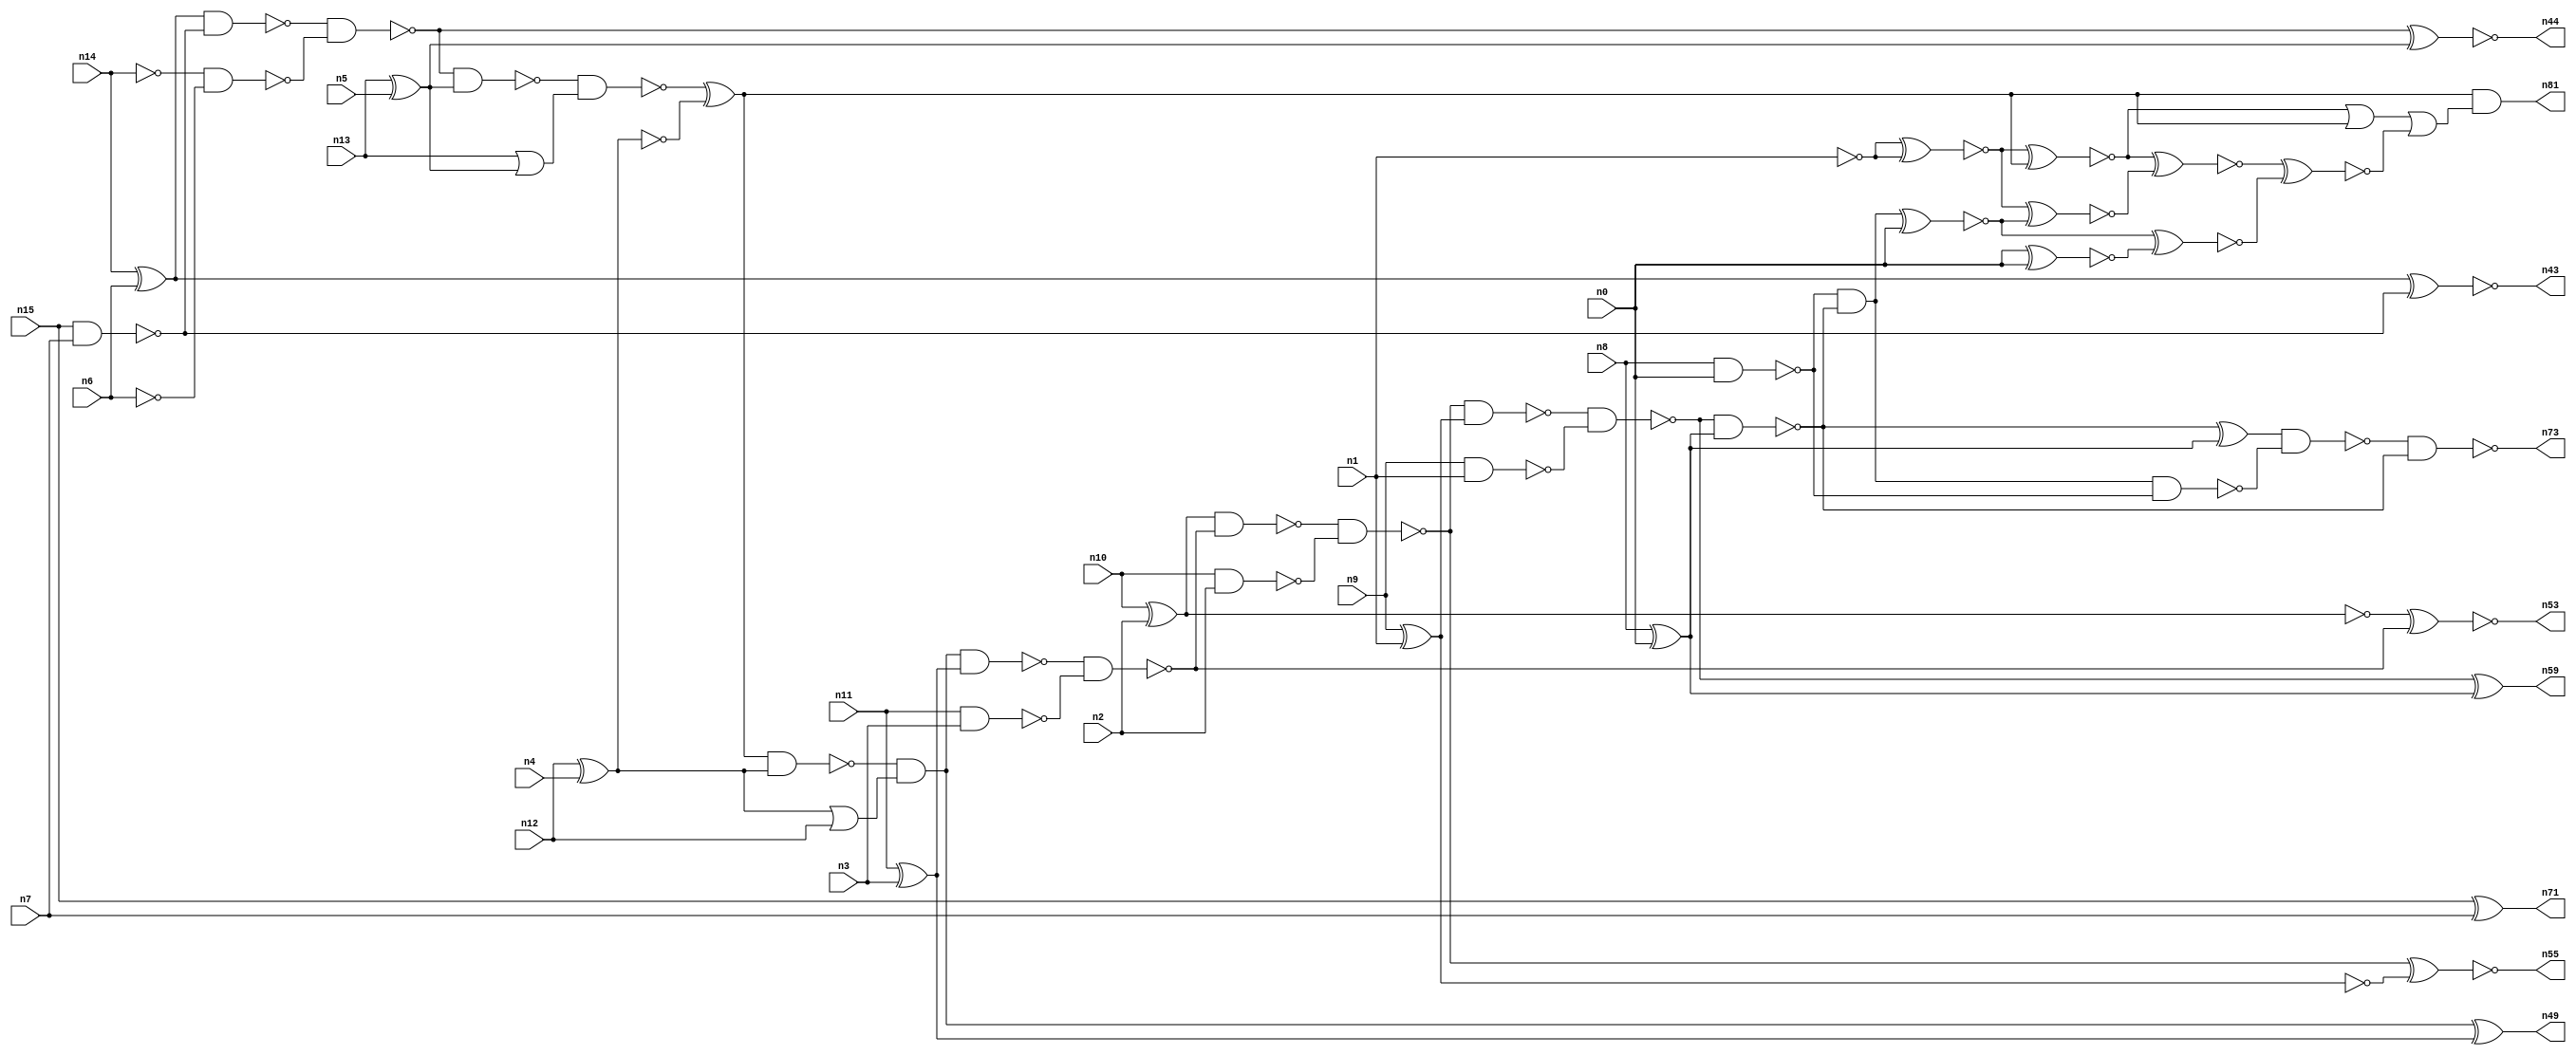
// This file contains a pareto-optimal circuit with respect to power and the fault-resilince parameter p_fault which is defined as:
// "For all input vectors, the ratio of the no. of faults observable at the POs to the no. of total possible faults in the circuit".
// This code is part of the ReCkt library (https://github.com/umar-afzaal/ReCkt) distributed under The MIT License.
// When used, please cite the following article(s):
// U. Afzaal, A.S. Hassan, M. Usman and J.A. Lee, "On the Evolutionary Synthesis of Increased Fault-resilience Arithmetic Circuits".

// p_fault = 70.8 %    (Lower is better)
// gates = 63.0
// levels = 22
// area = 85.21    (For MCNC library relative to nand2)
// power = 392.4 uW    (Berkely-SIS for MCNC library @ Vdd=5V and 20 MHz clock)
// delay = 32.3 ns    (Berkely-ABC for MCNC library)
// PDP = 1.26745e-11 J

// Pin mapping:
// {n0, n1, n2, n3, n4, n5, n6, n7} = A[7:0]
// {n8, n9, n10, n11, n12, n13, n14, n15} = B[7:0]
// {n73, n59, n55, n53, n49, n81, n44, n43, n71} = O[8:0]

module addr8u_power_27 (
n0, n1, n2, n3, n4, n5, n6, n7, n8, n9, n10, n11, n12, n13, n14, n15, 
n73, n59, n55, n53, n49, n81, n44, n43, n71
);

input n0, n1, n2, n3, n4, n5, n6, n7, n8, n9, n10, n11, n12, n13, n14, n15;
output n73, n59, n55, n53, n49, n81, n44, n43, n71;
wire n30, n24, n52, n61, n46, n63, n68, n69, n75, n18, n74, n60, n17, n65, n42, n51, n45, n78, n36, n47, 
n20, n37, n56, n23, n16, n40, n48, n62, n66, n21, n25, n41, n54, n67, n27, n33, n28, n58, n22, n38, 
n39, n57, n31, n70, n19, n34, n32, n76, n26, n50, n29, n64, n72, n35;

xor (n16, n14, n6);
nand (n17, n10, n2);
nand (n18, n15, n7);
xor (n19, n13, n5);
nand (n20, n9, n1);
xor (n21, n8, n0);
nand (n22, n14, n14);
xor (n23, n11, n3);
xnor (n24, n15, n7);
xor (n25, n10, n2);
or (n26, n13, n19);
xor (n27, n12, n4);
nand (n28, n8, n0);
nand (n29, n11, n3);
nand (n30, n6, n6);
xnor (n31, n9, n1);
or (n32, n27, n12);
nand (n33, n27, n27);
nand (n34, n16, n18);
and (n35, n19, n19);
nand (n36, n22, n30);
nand (n37, n25, n25);
nand (n38, n31, n31);
nand (n39, n38, n38);
and (n40, n16, n16);
nand (n41, n34, n36);
nand (n42, n41, n19);
xnor (n43, n40, n18);
xnor (n44, n41, n35);
nand (n45, n42, n26);
xor (n46, n45, n33);
nand (n47, n46, n27);
and (n48, n47, n32);
xor (n49, n48, n23);
nand (n50, n48, n23);
nand (n51, n50, n29);
nand (n52, n25, n51);
xnor (n53, n37, n51);
nand (n54, n52, n17);
xnor (n55, n54, n39);
nand (n56, n54, n38);
nand (n57, n56, n20);
nand (n58, n57, n21);
xor (n59, n57, n21);
and (n60, n28, n58);
xnor (n61, n60, n0);
xnor (n62, n0, n0);
not (n63, n1);
nand (n64, n60, n28);
xnor (n65, n63, n63);
xor (n66, n58, n21);
xnor (n67, n65, n61);
xnor (n68, n61, n62);
xnor (n69, n65, n46);
nand (n70, n66, n64);
nand (n71, n24, n24);
or (n72, n69, n69);
nand (n73, n70, n58);
xnor (n74, n69, n67);
or (n75, n72, n46);
xnor (n76, n74, n68);
or (n78, n75, n76);
and (n81, n46, n78);

endmodule